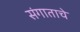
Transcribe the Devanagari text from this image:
संगाताचे